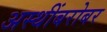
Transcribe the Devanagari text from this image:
अस्थींबरोबर